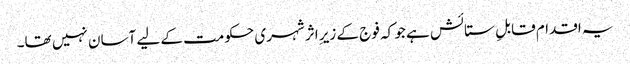
یہ اقدام قابلِ ستائش ہے جو کہ فوج کے زیرِ اثر شہری حکومت کے لیے آسان نہیں تھا۔